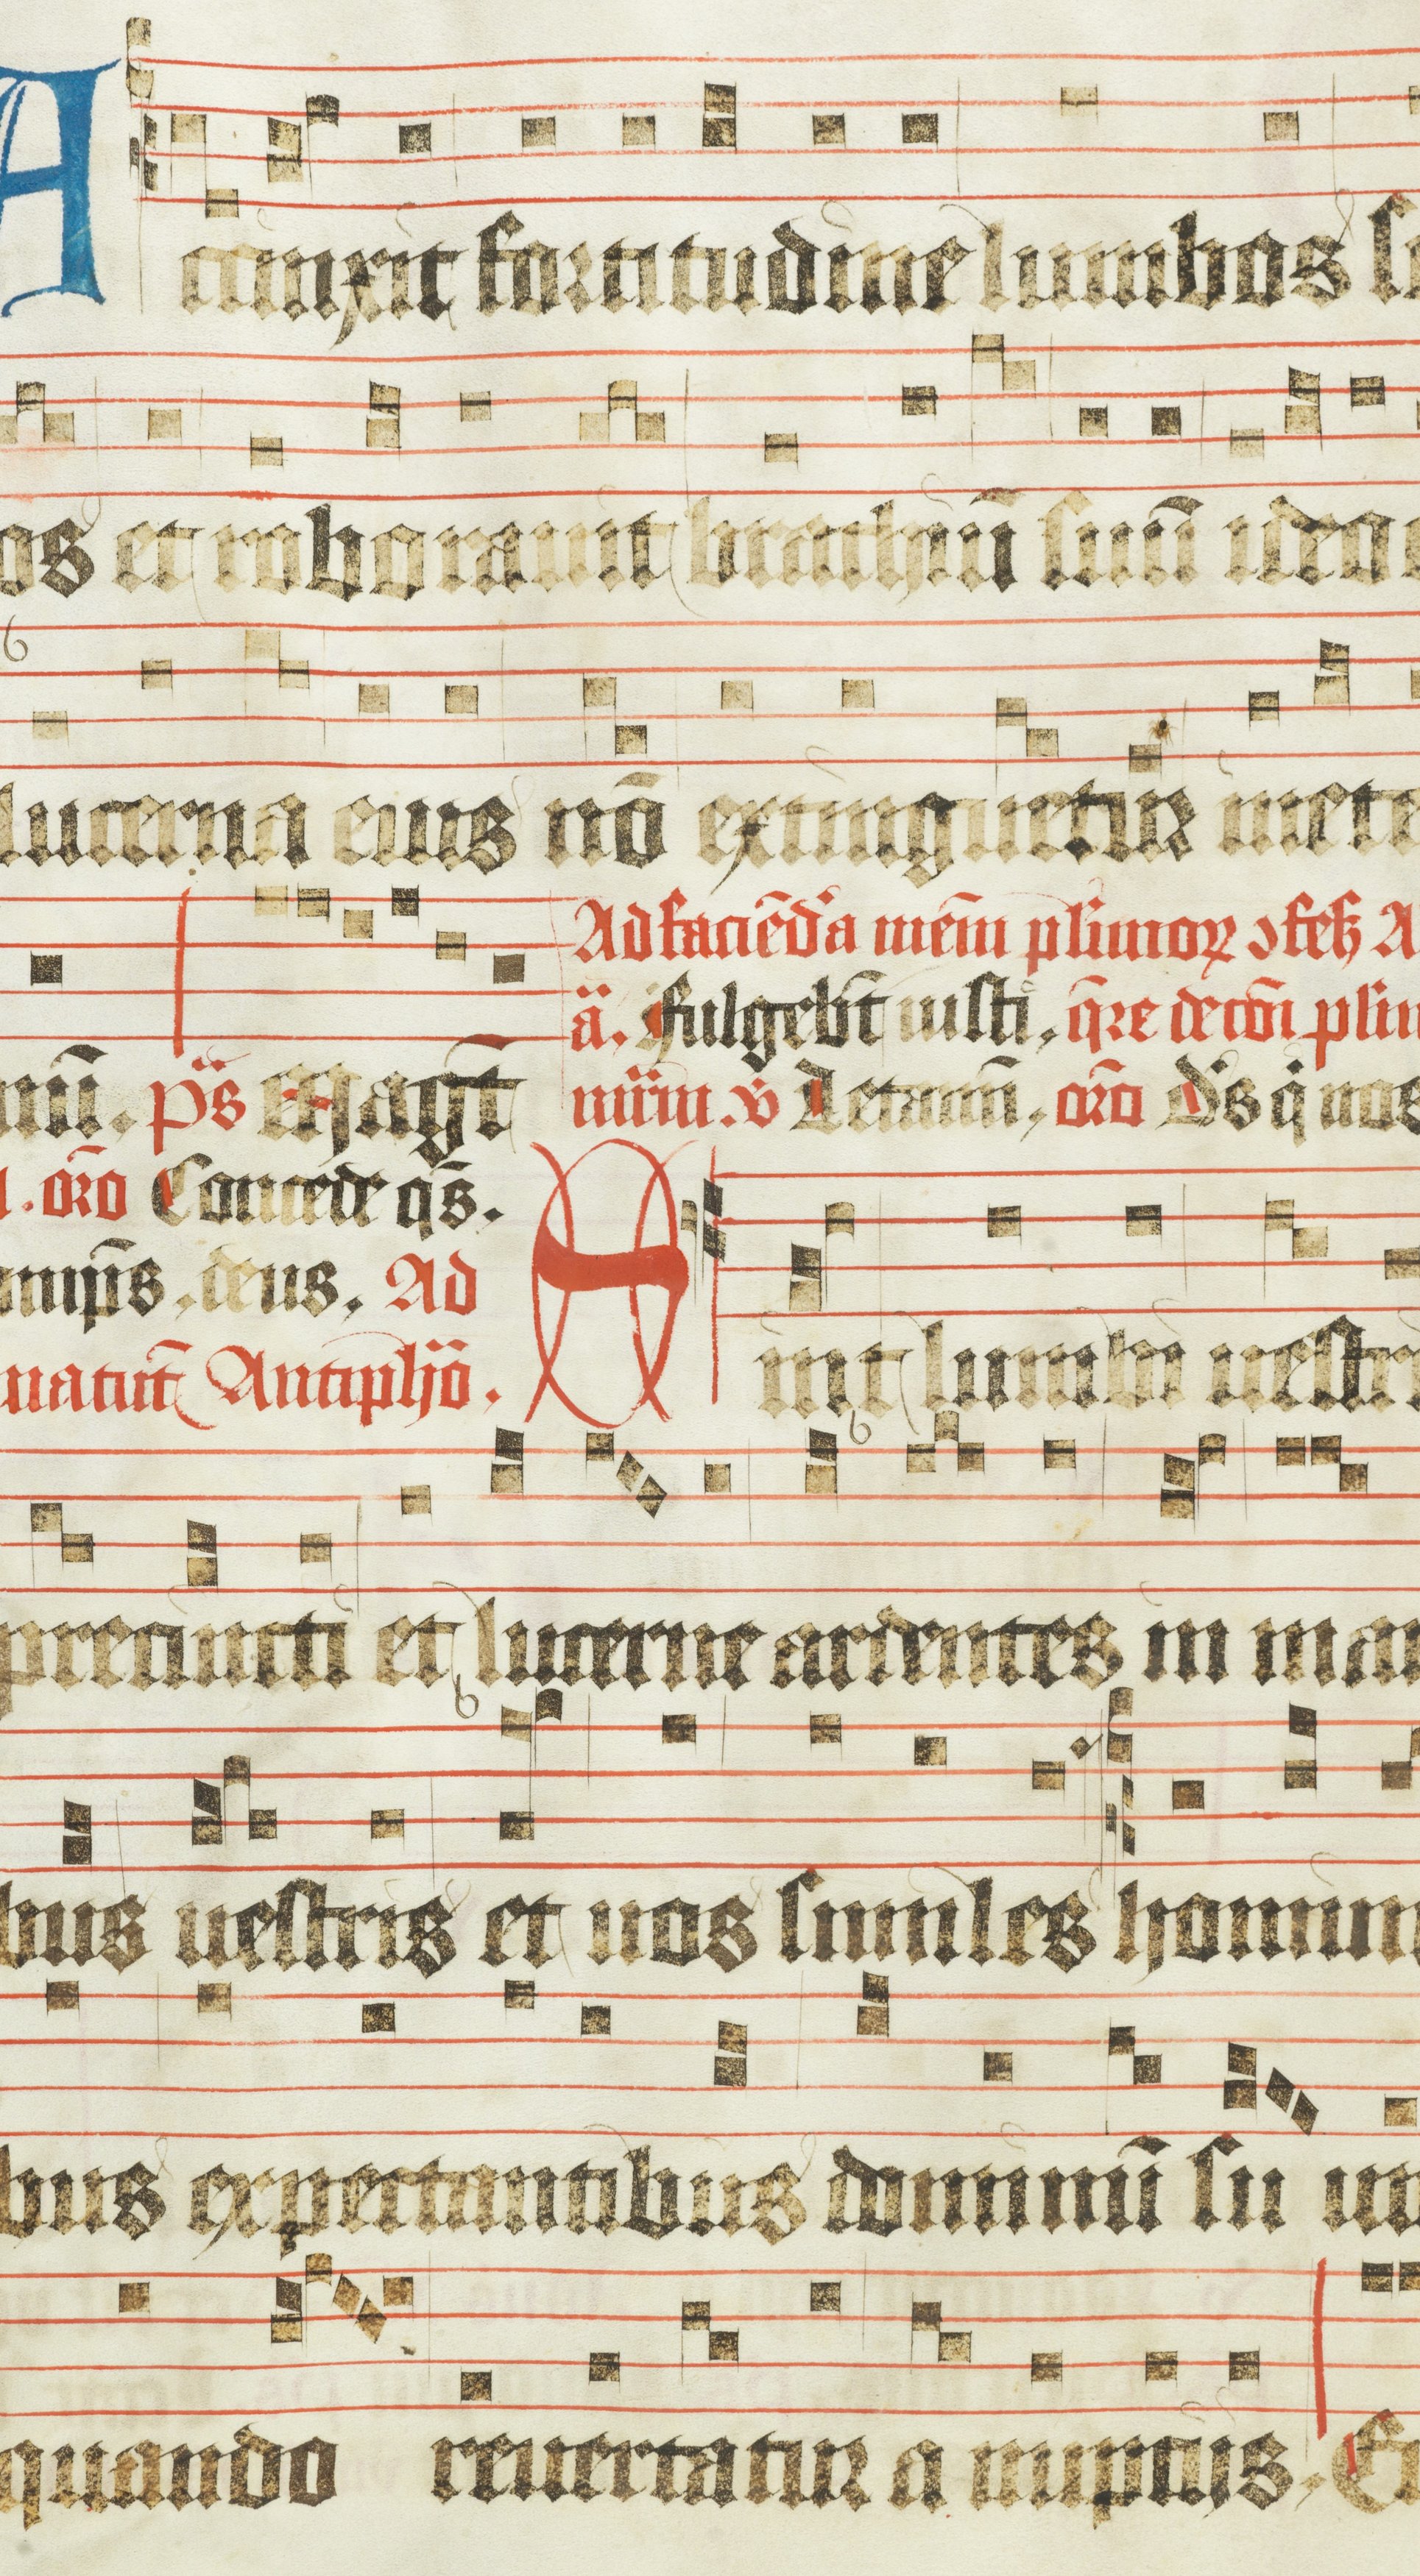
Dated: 1483–1484